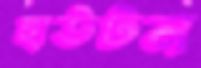
হাউটন